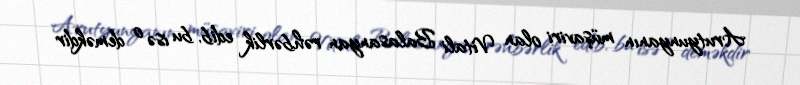
Arutyunyanın müşaviri olan Vitali Balasanyan rəhbərlik edib, bu isə o deməkdir